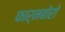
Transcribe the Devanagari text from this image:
फार्नबोरो